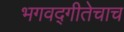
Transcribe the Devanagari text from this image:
भगवद्गीतेचाच